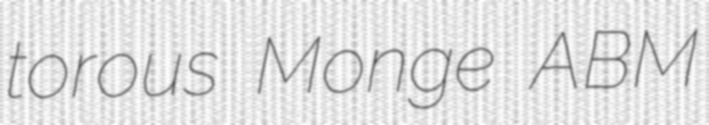
torous Monge ABM